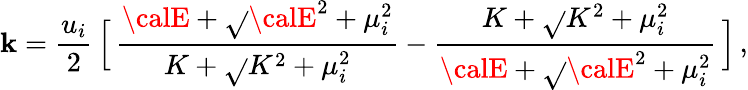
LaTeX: \mathbf{k}={\frac{{u_{i}}}{{2}}}\, \Big[\, {\frac{{{\calE}+\sqrt{}{{{\calE}^{2}+\mu_{i}^{2}}}}}{{K+\sqrt{}{{K^{2}+\mu_{i}^{2}}}}}}-{\frac{{K+\sqrt{}{{K^{2}+\mu_{i}^{2}}}}}{{{\calE}+\sqrt{}{{{\calE}^{2}+\mu_{i}^{2}}}}}}\, \Big]\, ,